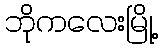
ဘိုကလေးမြို့